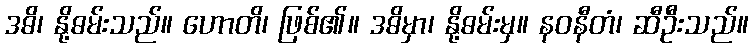
ဒဓိ၊ နို့ဓမ်းသည်။ ဟောတိ၊ ဖြစ်၏။ ဒဓိမှာ၊ နို့ဓမ်းမှ။ နဝနီတံ၊ ဆီဦးသည်။